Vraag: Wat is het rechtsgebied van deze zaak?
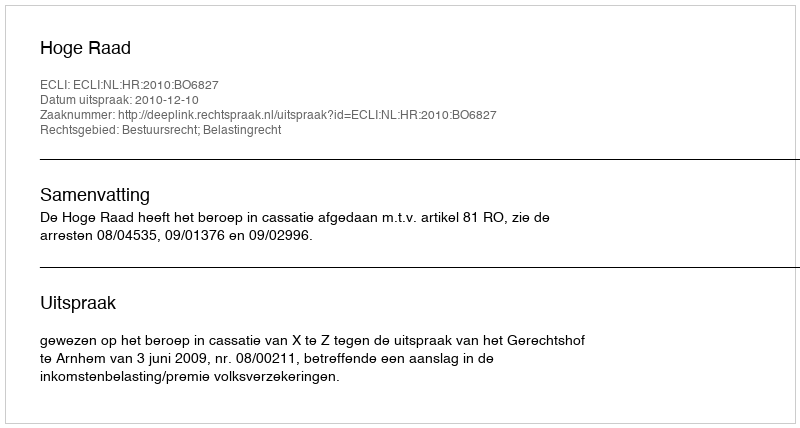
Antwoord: Bestuursrecht; Belastingrecht